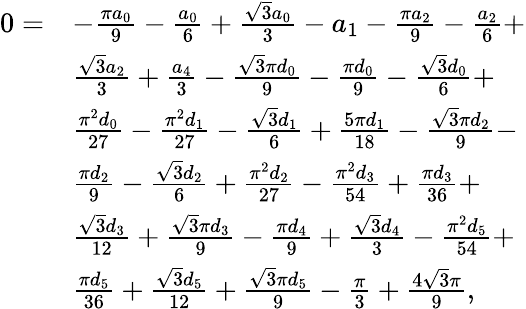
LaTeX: \begin{array}{rl}{0=}&{-\frac{\pi a_{0}}{9}-\frac{a_{0}}{6}+\frac{\sqrt{3}a_{0}}{3}-a_{1}-\frac{\pi a_{2}}{9}-\frac{a_{2}}{6}+}\\ &{\frac{\sqrt{3}a_{2}}{3}+\frac{a_{4}}{3}-\frac{\sqrt{3}\pi d_{0}}{9}-\frac{\pi d_{0}}{9}-\frac{\sqrt{3}d_{0}}{6}+}\\ &{\frac{\pi^{2}d_{0}}{27}-\frac{\pi^{2}d_{1}}{27}-\frac{\sqrt{3}d_{1}}{6}+\frac{5\pi d_{1}}{18}-\frac{\sqrt{3}\pi d_{2}}{9}-}\\ &{\frac{\pi d_{2}}{9}-\frac{\sqrt{3}d_{2}}{6}+\frac{\pi^{2}d_{2}}{27}-\frac{\pi^{2}d_{3}}{54}+\frac{\pi d_{3}}{36}+}\\ &{\frac{\sqrt{3}d_{3}}{12}+\frac{\sqrt{3}\pi d_{3}}{9}-\frac{\pi d_{4}}{9}+\frac{\sqrt{3}d_{4}}{3}-\frac{\pi^{2}d_{5}}{54}+}\\ &{\frac{\pi d_{5}}{36}+\frac{\sqrt{3}d_{5}}{12}+\frac{\sqrt{3}\pi d_{5}}{9}-\frac{\pi}{3}+\frac{4\sqrt{3}\pi}{9},}\end{array}